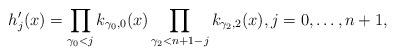
LaTeX: \begin{align*} h_j'(x) = \prod_{\gamma_0< j} k_{\gamma_0,0} (x) \prod_{\gamma_2< n+1-j} k_{\gamma_2,2} (x) , j=0, \ldots, n+1, \end{align*}